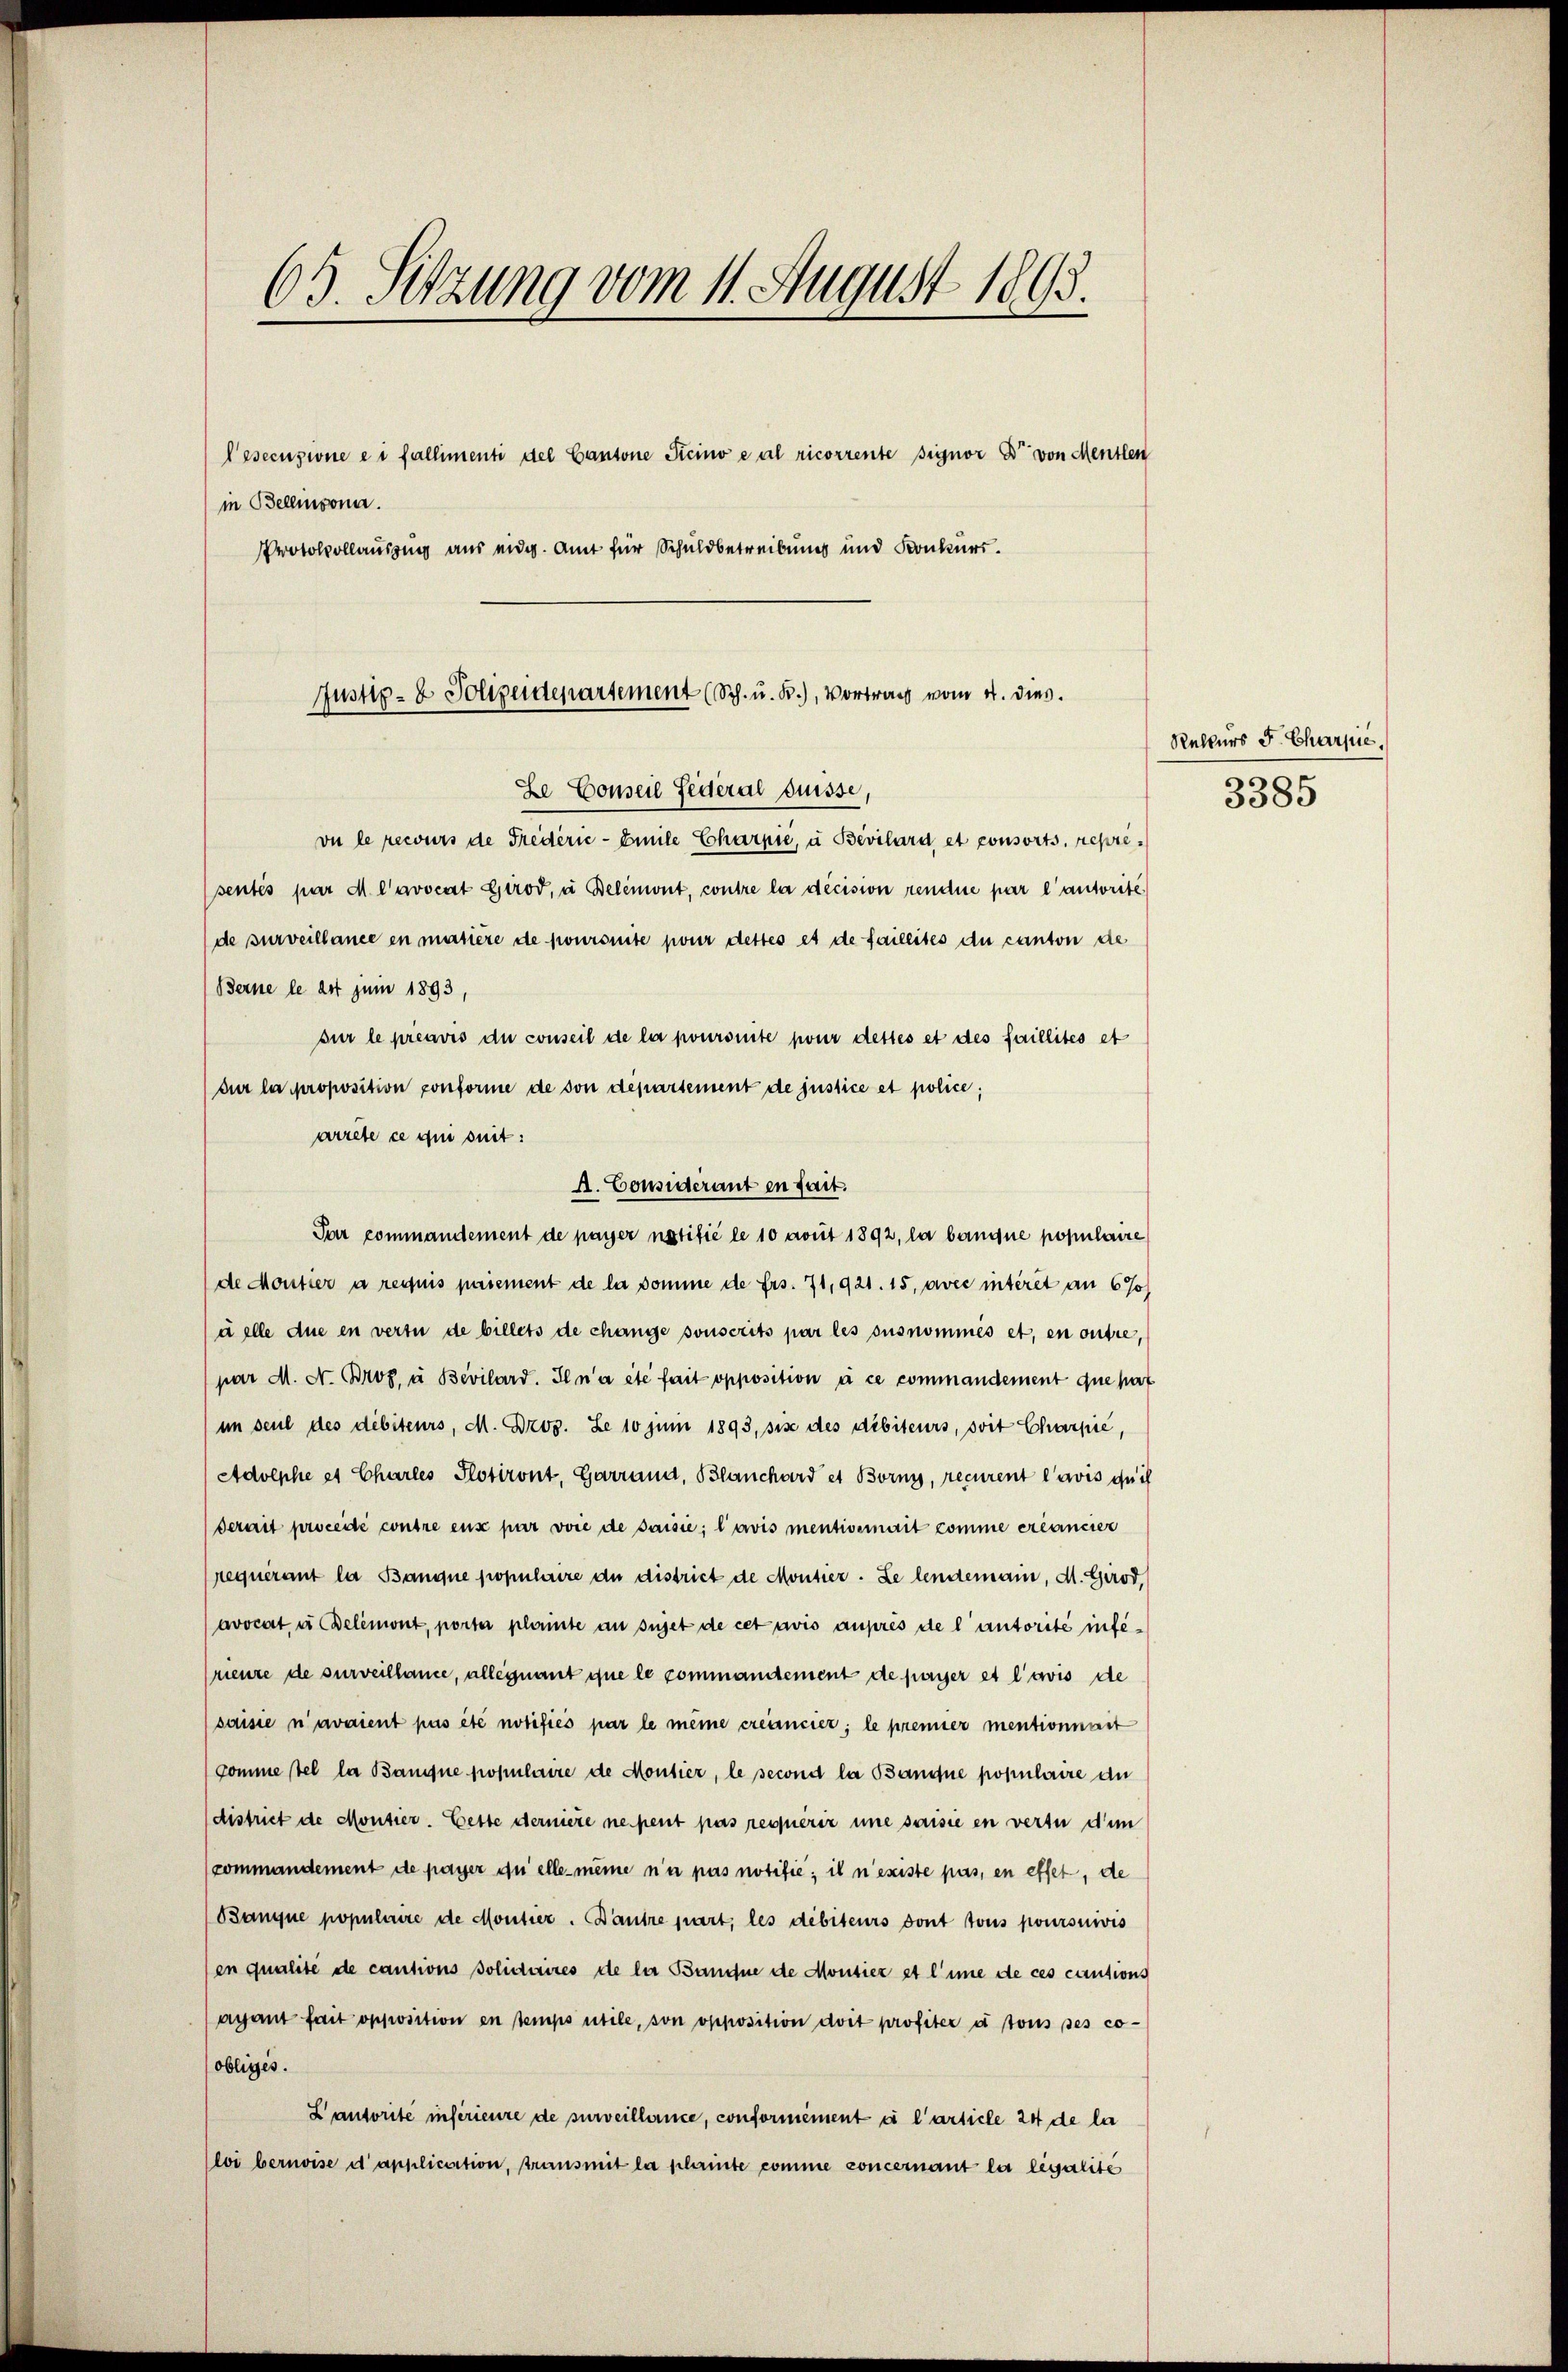
65. Sitzung vom 11. August 1893.
Pesecusione e i fallimenti del Cantone Sicino e al ricorrente signor Dr. von Menten
in Bellisona.
Protokollausung aus eidg. Amt für Schuldbetreibung und Konkurs.
Justiz- & Polizeidepartement (Sch. u. B.), Vortrag vom 4. dies

vu le recours de Fredérić - Emile Charpić, à Bevilard, et consorts, repri¬
(sentés par M. Cavocat Girod, u Belemont, contre la décision rendue par l’autorité
de surveillance en matière de poursuite pour dettes es de faillites du canton de
Berne le 24t Juni 1893,
sur le préavis du conseil de la poursuite pour dettes et des faillités et
dur la proposition conforme de von département de justice et police;
arrete ce qui suit:
A. Considerant en fait.
Par commandement de payer natifié le 10 avut 1892, la bangue populaire
de Moutier a requis paiement de la somme de frs. 71, 921. 15, avec interet an 67)
uelle due en vertu de billets de change sonscrits par les aus nommés et, en outre,
par M. A. Broz. u Bevilard. Il n’a été fait opposition à ce commandement que pat
im seul des débiteurs, M. Bros. Le 10 Juni 1893, sise des débiteurs, soit Charpie,
Adolphe et Charles Plotiront, Garrang, Blanchard et Bornis, recurent l’avis quis
derait procédé contre eux par vore de saisie; l’avis mentiverait comme créancier
requérant la Banque populaire du district de Montier. Le lendemann, d. Girod,
avocat, u Delémont, porter plainte au sujet de cet avis auprès de l’autorité inferieure de surveillance, alleinant que le commandtement de payer et l’avis de
(saisie n’avaient pas été notifiés par le meine créancier; le premier mentionnait
Comme tel la Banne populaire de Montier, le second la Banque populaire du
district de Montier. Cette derniere ne peut pas requérir une saisie en vertu dem
commandement de payer du elle meine n’a pas notifie; il n’existe pas, en effet, de
Banque populaire de Montier. Dantre part, les débiteurs dont tous poursuivis
en qualité de cautions solidaires de der Bandne de Moutier et l’une de ces cautions
agant fait opposition en temps utile, son opposition doit profiter à tous ses co-
obligés.
L autorité inférieure de surveillance, conformément à l’article 24 de la
loi bernoise d’application, transmit la plante comme concernant la legalite

Ee Conseil Federal Suisse,

Relkurs F. Charpie,
3385